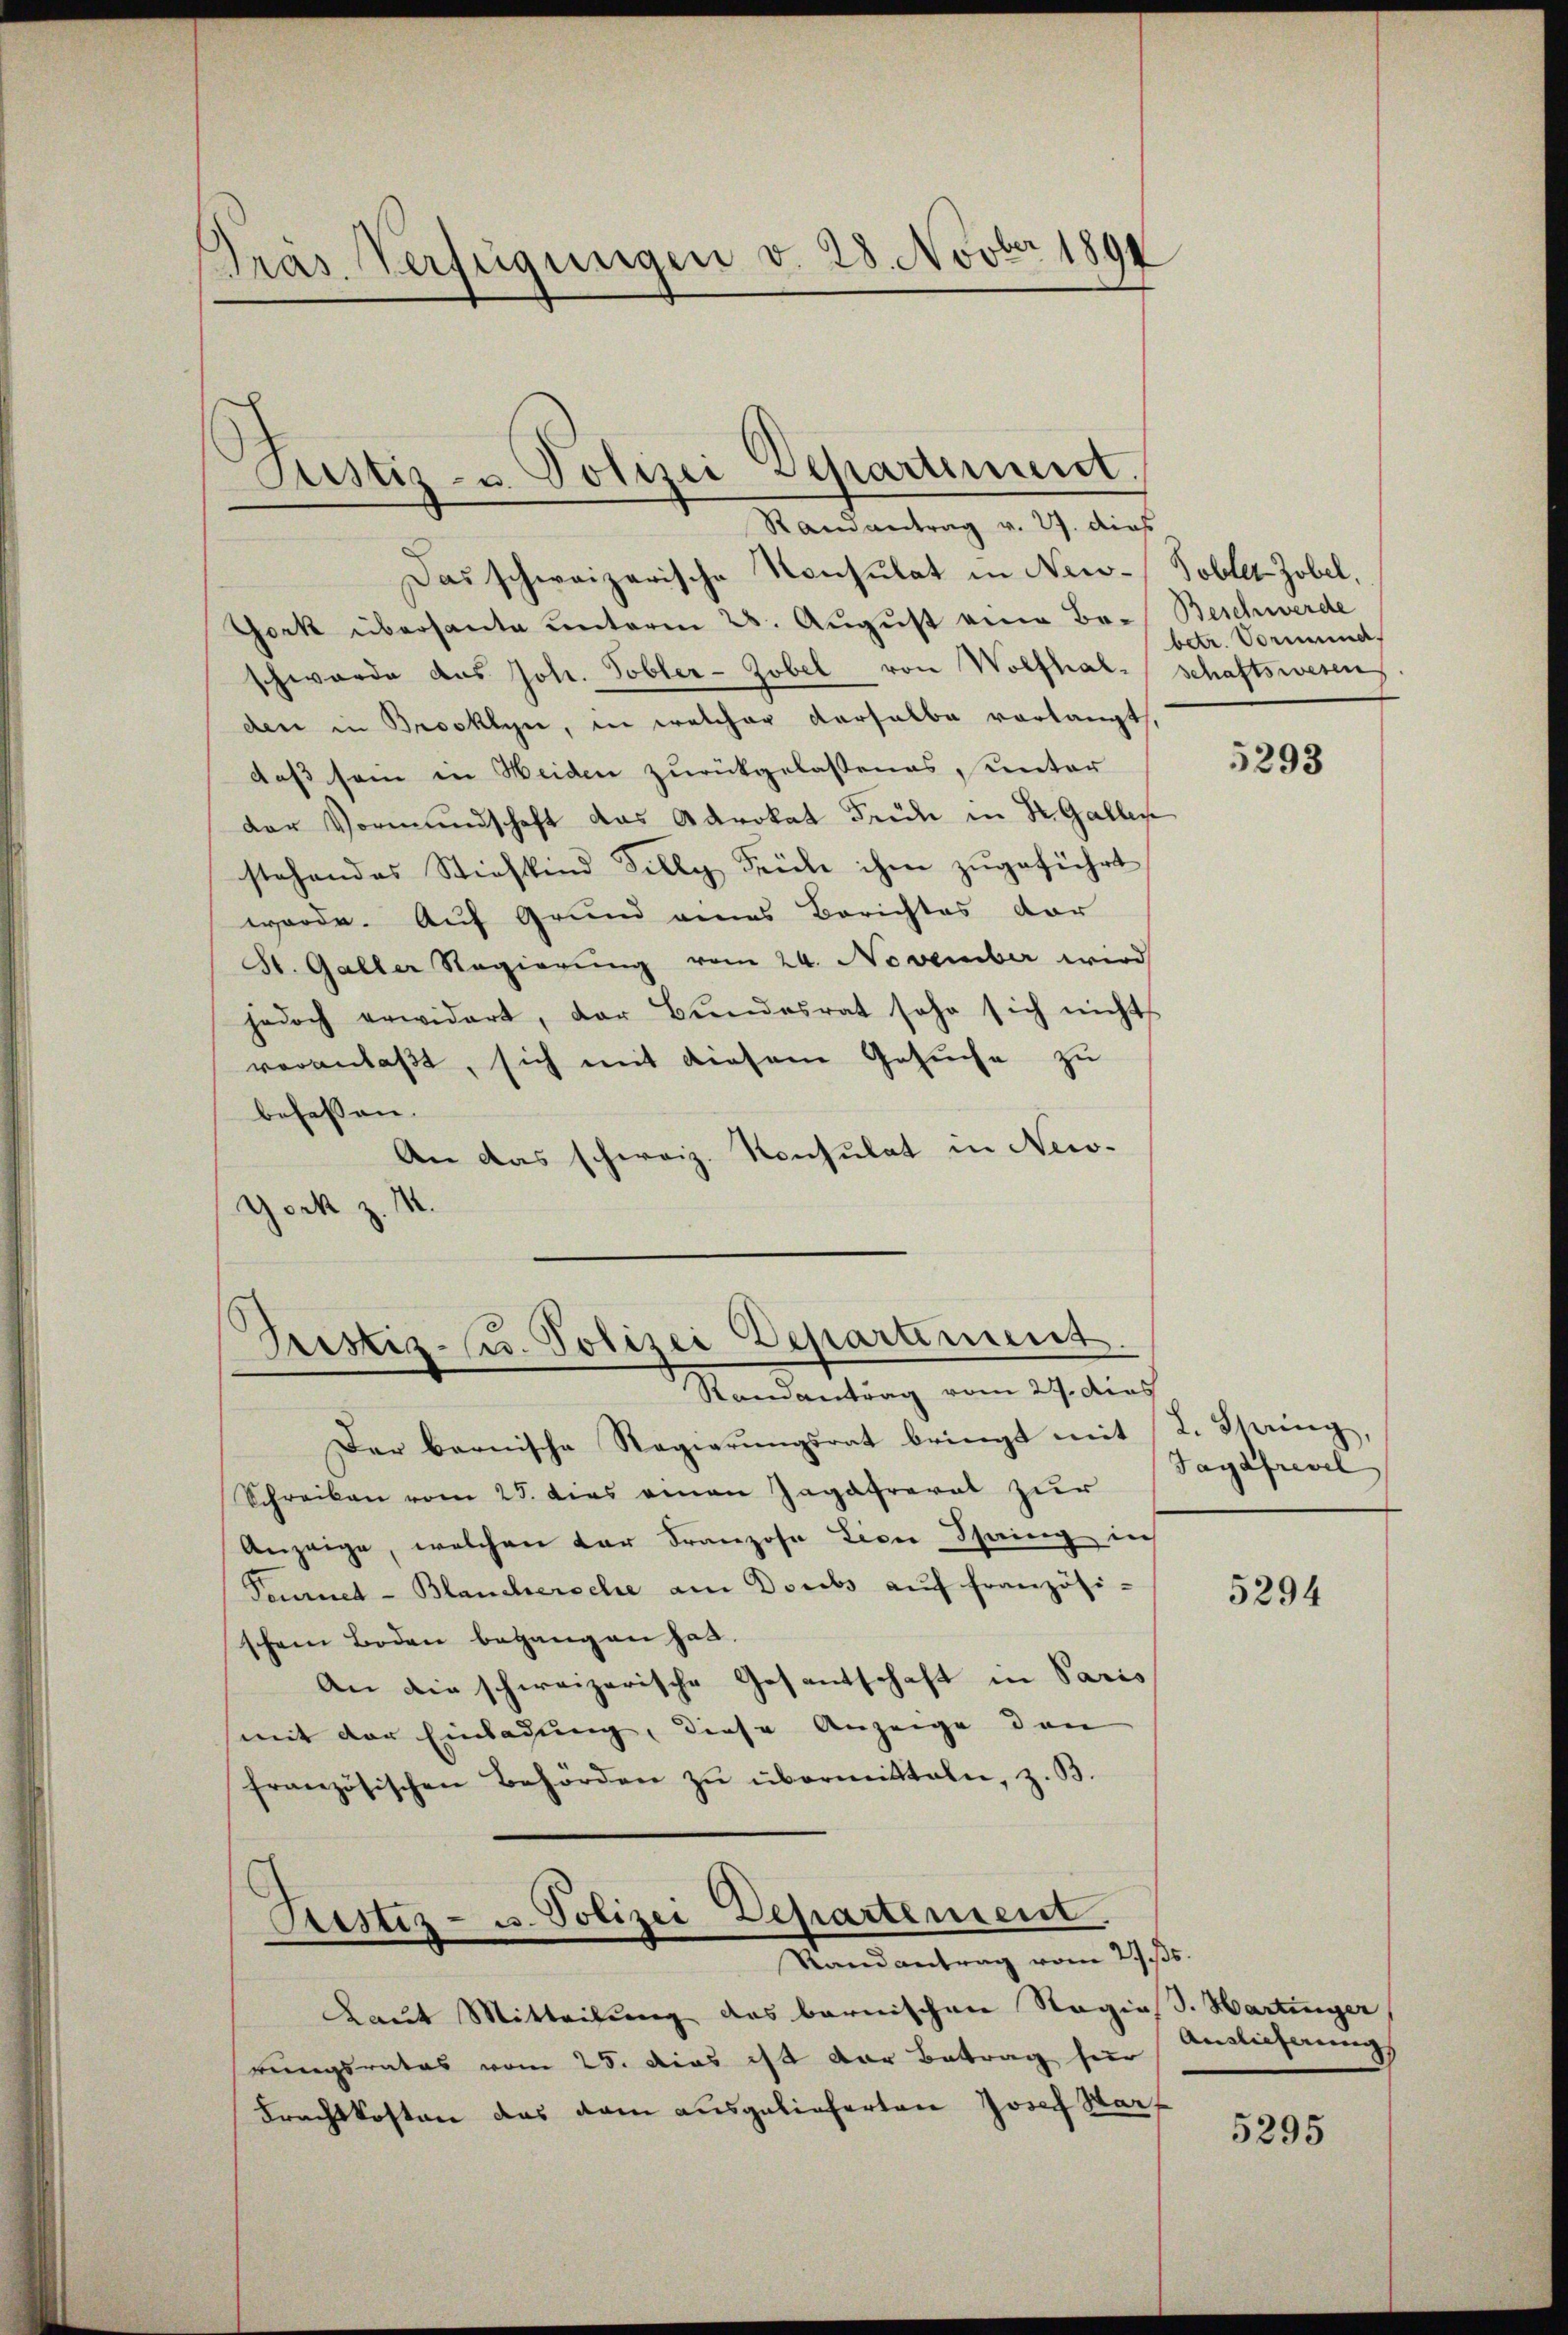
Gras Verfügungen v. 28. Novber 1891

Justiz- u. Polizei Separtiment.
Randantrag v. 27. dies

Das schweizerische Konsulat in New-Tobler-Zobel,
York überhaute unterm 28. August eine Be-Beschwerde
schwerde das Joh. Tobler-Zobel von Wolfhalschaftswesen
den in Brooklyn, in welcher derselbe vorlangt,
daß sein in Weiden zurückgelassenes, unter
der Vormundschaft das Advokat Früh in Dr. Gallen
stehendes Stiefkind Silly Früche ihm zugeführt
werde. Auf Grund eines Berichtes dor
St. Galler Regierung vom 24. November wird
jedoch erwidert, der Bŭndesrat sehr sich nicht
veranlaßt, sich mit diesem Gesuche zu
befassen.
An das schweiz. Konsulat in New-
York z

Fristiz- u. Polizei Departement.
Randantrag vom 27. dies

Der bernische Regierungsrat bringt mit
Schreiben vom 25. dies einen Zagatravat zur
Anzeige, welchen der Franzose Lion Spring in
Pommnet-Blanchersche am Doubs aŭf französi-
schem Boden begangen hat.
An die schweizerische Gesandtschaft in Paris
mit der Einladung, diese Anzeige den
französischen Behörden zŭ übermitteln, z. B.
Restiz- u. Polizei Departement.
Randantrag vom 2. 5.
aut Mitteilung des bernischen Ragias. Hartinger
rungsrates vom 25. dies ist der Betrag für
Frachtkosten das kam ausgelieferten Josef Harf

betr. Vormund,

5293

L. String,
Jagdfrevel

5294

Auslieferung,

5295